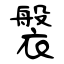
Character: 褩